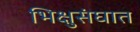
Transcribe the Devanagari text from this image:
भिक्षुसंघात